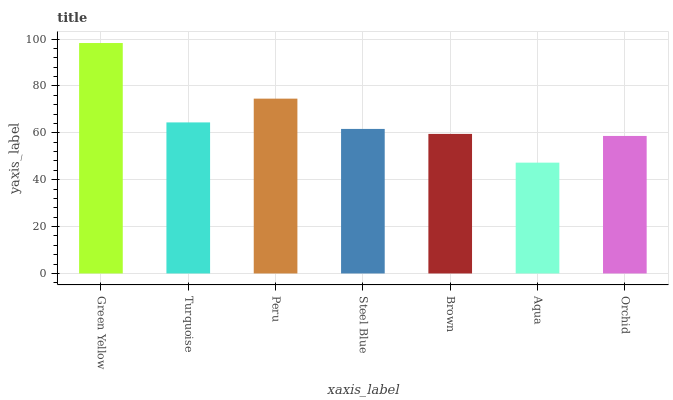
| xaxis_label | bars |
 | --- | --- |
 | Green Yellow | 98.3 |
 | Turquoise | 64.4 |
 | Peru | 74.6 |
 | Steel Blue | 61.7 |
 | Brown | 59.5 |
 | Aqua | 47.3 |
 | Orchid | 58.7 |